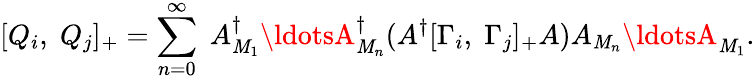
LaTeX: [Q_{i},\; Q_{j}]_{+}=\sum_{n=0}^{\infty}\; A_{\mathit{M}_{1}}^{\dagger}\ldotsA_{\mathit{M}_{n}}^{\dagger}(A^{\dagger}[\Gamma_{i},\; \Gamma_{j}]_{+}A)A_{\mathit{M}_{n}}\ldotsA_{\mathit{M}_{1}}.